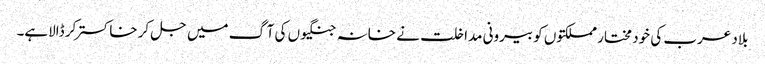
بلاد عرب کی خود مختار مملکتوں کو بیرونی مداخلت نے خانہ جنگیوں کی آگ میں جل کر خاکستر کر ڈالاہے۔